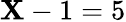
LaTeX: \mathbf{X}-1=5